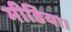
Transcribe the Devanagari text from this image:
मीडिया।